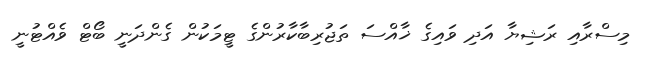
މިސްރާއި ރަޝިޔާ އަދި ވައިގެ ޚާއްސަ ތަޖުރިބާކާރުންގެ ޓީމަކުން ގެންދަނީ ބޯޓް ވެއްޓުނީ